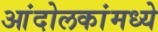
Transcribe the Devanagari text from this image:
आंदोलकांमध्ये